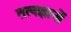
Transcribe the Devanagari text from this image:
तत्वज्ञानों